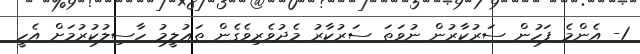
1- އެންމެ ފަހުން ސަރުކާރުން ނުވަތަ ސަރުކާރު މެދުވެރިވެގެން ތަޢުލީމު ހާސިލުކުރުމަށް އެހީ